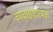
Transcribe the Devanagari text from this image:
व्यवाहारात्मक